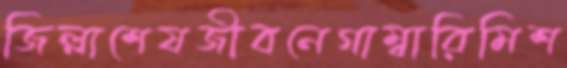
জিল্লাশেষজীবনেগাম্বারিমিশ